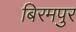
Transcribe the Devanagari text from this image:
बिरमपुर